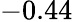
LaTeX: -0.44